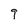
Character: g